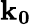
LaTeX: \mathbf{k_{0}}